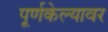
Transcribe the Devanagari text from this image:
पूर्णकेल्यावर